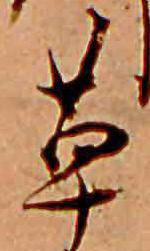
草